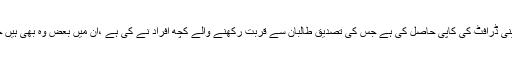
نیویارک ٹائمز نے 14 صفحات پر مشتمل اس آئینی ڈرافٹ کی کاپی حاصل کی ہے جس کی تصدیق طالبان سے قربت رکھنے والے کچھ افراد نے کی ہے ،ان میں بعض وہ بھی ہیں جو اس ڈرافٹ کی تیاری کے عمل کا حصہ تھے۔